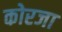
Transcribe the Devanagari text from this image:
कोरजा